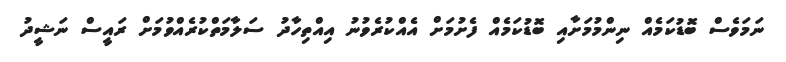
ނަމަވެސް ބޮޑުކަމެއް ނިންމުމަށާއި ބޮޑުކަމެއް ފެށުމަށް އެއްކުރެވުނު އިއްތިހާދު ސަލާމަތްކުރެއްވުމަށް ރައީސް ނަޝީދު